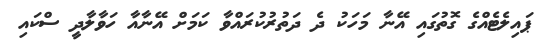
ޕައިލެޓެއްގެ ގޮތުގައި އޭނާ މަހަކު ދެ ދަތުރުކުރައްވާ ކަމަށް އޭނާއާ ހަވާލާދީ ސްކައި